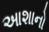
આશાનો